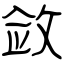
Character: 敛